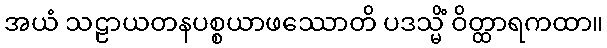
အယံ သဠာယတနပစ္စယာဖဿောတိ ပဒသ္မိံ ဝိတ္ထာရကထာ။